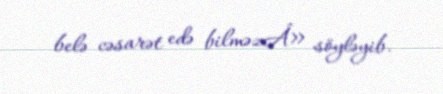
belə cəsarət edə bilməzÂ» söyləyib.